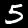
Digit: 5